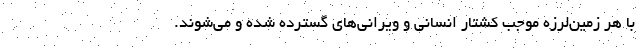
با هر زمین‌لرزه موجب کشتار انسانی و ویرانی‌های گسترده شده و می‌شوند.